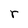
Character: r